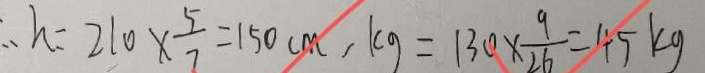
\therefore h = 2 1 0 \times \frac { 5 } { 7 } = 1 5 0 c m , k g = 1 3 0 \times \frac { 9 } { 2 6 } = 4 5 k g